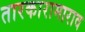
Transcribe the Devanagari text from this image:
तारकारामाराव